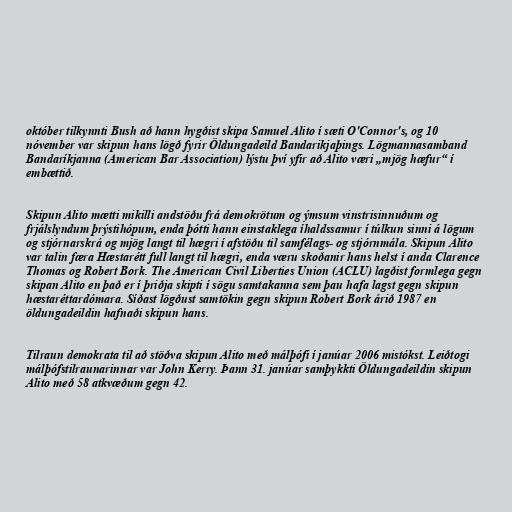
október tilkynnti Bush að hann hygðist skipa Samuel Alito í sæti O'Connor's, og 10
nóvember var skipun hans lögð fyrir Öldungadeild Bandarikjaþings. Lögmannasamband
Bandaríkjanna (American Bar Association) lýstu því yfir að Alito væri „mjög hæfur“ í
embættið.

Skipun Alito mætti mikilli andstöðu frá demokrötum og ýmsum vinstrisinnuðum og
frjálslyndum þrýstihópum, enda þótti hann einstaklega íhaldssamur í túlkun sinni á lögum
og stjórnarskrá og mjög langt til hægri í afstöðu til samfélags- og stjórnmála. Skipun Alito
var talin færa Hæstarétt full langt til hægri, enda væru skoðanir hans helst í anda Clarence
Thomas og Robert Bork. The American Civil Liberties Union (ACLU) lagðist formlega gegn
skipan Alito en það er í þriðja skipti í sögu samtakanna sem þau hafa lagst gegn skipun
hæstaréttardómara. Síðast lögðust samtökin gegn skipun Robert Bork árið 1987 en
öldungadeildin hafnaði skipun hans.

Tilraun demokrata til að stöðva skipun Alito með málþófi í janúar 2006 mistókst. Leiðtogi
málþófstilraunarinnar var John Kerry. Þann 31. janúar samþykkti Öldungadeildin skipun
Alito með 58 atkvæðum gegn 42.